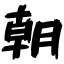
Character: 朝